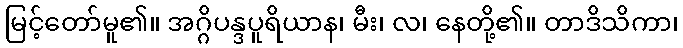
မြင့်တော်မူ၏။ အဂ္ဂိပန္ဒပူရိယာန၊ မီး၊ လ၊ နေတို့၏။ တာဒိသိကာ၊